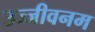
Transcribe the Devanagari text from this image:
उज्जीवनम